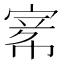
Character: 𡩅